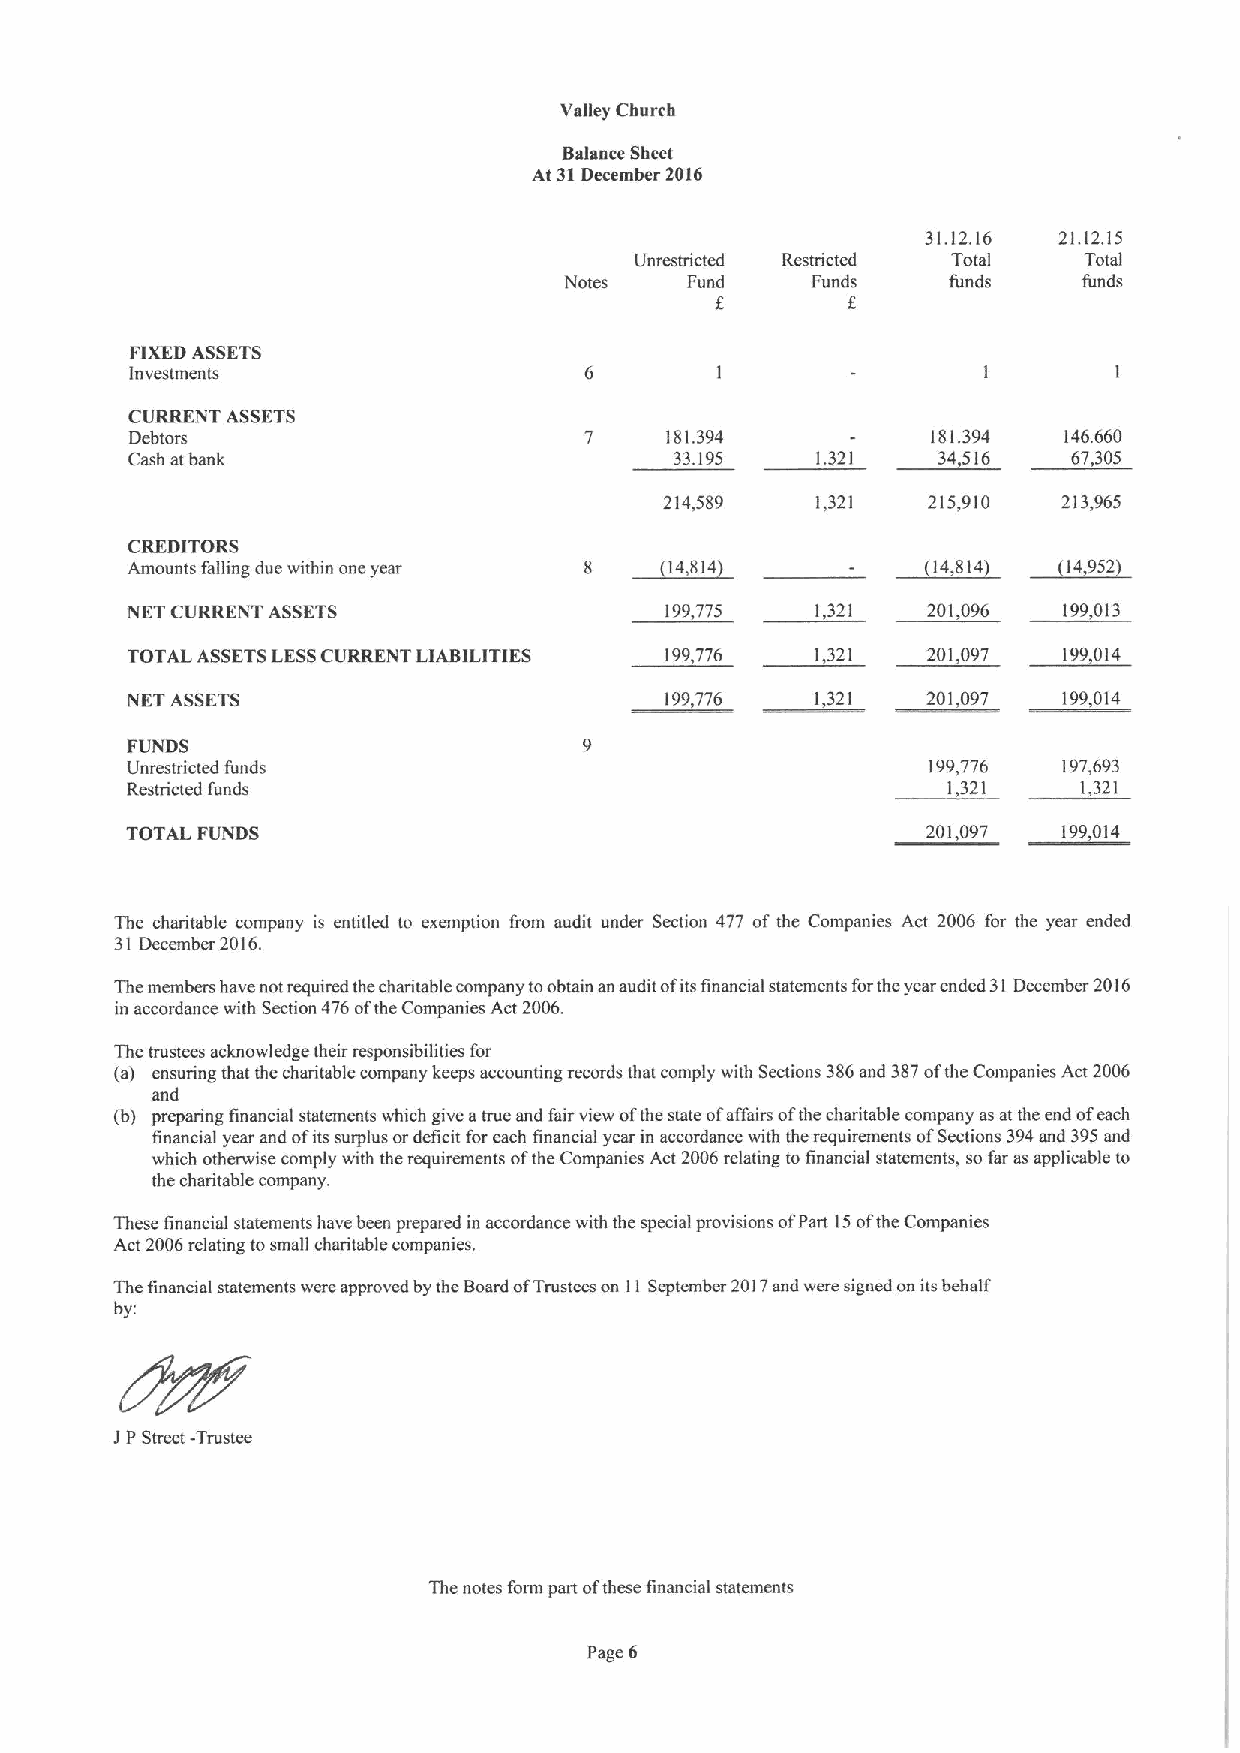
Valley Church
 Balance Sheet
 At 31December 2016
 31.12.16 21.12.15
 Unrestricted Restricted Total Total
 Notes   Fund     Funds    funds    funds
 f        f
 FIXEDASSETS
 Investments                                             I        I
 CURRENT ASSETS
 Debtors                       7    181.394           181.394 146.660
 Cash at bank                         33.195   1.321   34,516   67,305
 214,589   1,321  215,910  213,965
 CREDITORS                         ~84                       ~1.
 ~i4,
 Amounts falling due within one year 1                  814      952
 NET CURRENT ASSETS                  199,775   1,321  201,096  199,013
 TOTAL ASSETSLESSCURRENT LIABILITIES 199,776   1,321  201,097  199,014
 NET ASSETS                          199,776   1,321  201,097  199,014
 FUNDS
 Unrestricted funds                                   199,776  197,693
 Restricted funds                                       1,321    1,321
 TOTAL FUNDS                                          201,097  199,014
 The charitable company is entitled to exemption from audit under Section 477 of the Companies Act 2006 for the year ended
 31 December 2016.
 The members have not required the charitable company toobtain an audit ofitsfinancial statements forthe year ended 31December 2016
 in accordance with Section 476ofthe Companies Act 2006.
 The trustees acknowledge their responsibilities for
 (a) ensuring that the charitable company keeps accounting records that comply with Sections 386and 387ofthe Companies Act 2006
 and
 (b) preparing financial statements which give atrue and fair view ofthe state ofaffairs ofthe charitable company asat the end ofeach
 financial year and ofits surplus ordeficit for each financial year in accordance with the requirements ofSections 394and 395and
 which otherwise comply with the requirements ofthe Companies Act 2006relating to financial statements, so far asapplicable to
 the charitable company.
 These financial statements have been prepared in accordance with the special provisions ofPart 15ofthe Companies
 Act 2006relating tosmall charitable companies.
 Thefinancial statements were approved by the Board ofTrustees on 11September 2017and were signed on its behalf
 by:
 IPStreet -Trustee
 The notes form part ofthese financial statements
 Page 6